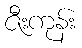
ဇီးကုန်း